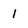
Character: 1